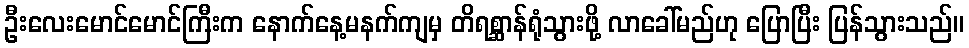
ဦးလေးမောင်မောင်ကြီးက နောက်နေ့မနက်ကျမှ တိရစ္ဆာန်ရုံသွားဖို့ လာခေါ်မည်ဟု ပြောပြီး ပြန်သွားသည်။